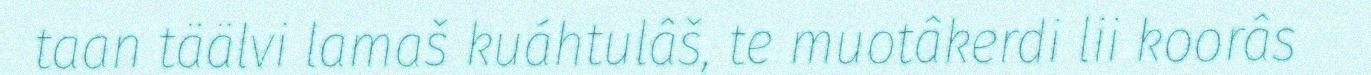
taan täälvi lamaš kuáhtulâš, te muotâkerdi lii koorâs